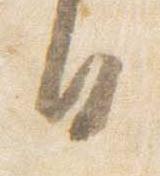
日